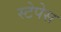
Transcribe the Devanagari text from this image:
स्टेपेस